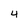
Character: 4